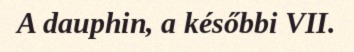
A dauphin, a későbbi VII.